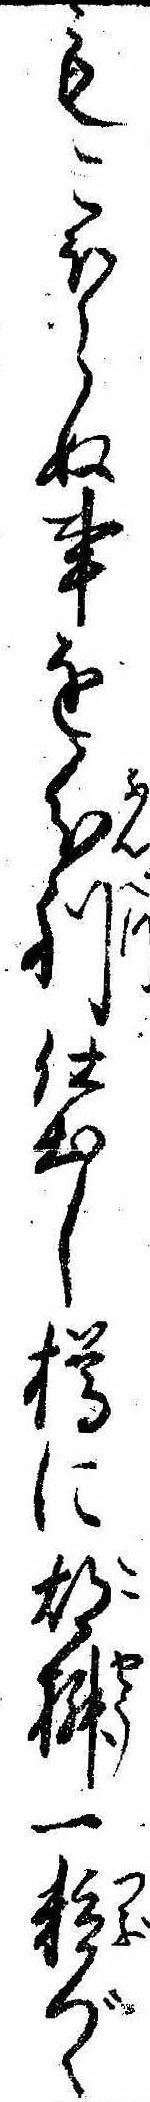
もこほらぬ事を分別仕出し樽に胡桝一粒づゝ